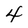
Character: 4